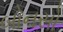
બોનસો